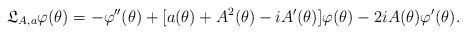
LaTeX: \begin{align*}\frak L_{A,a}\varphi(\theta)=-\varphi''(\theta)+[a(\theta)+A^2(\theta)-iA'(\theta)] \varphi(\theta)-2iA(\theta)\varphi'(\theta).\end{align*}